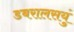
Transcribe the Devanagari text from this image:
डबरालसयुं